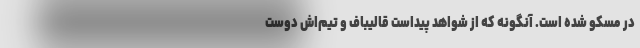
در مسکو شده است. آنگونه که از شواهد پیداست قالیباف و تیم‌اش دوست